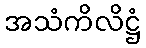
အသံကိလိဋ္ဌံ